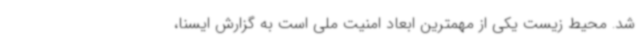
شد. محیط زیست یکی از مهمترین ابعاد امنیت ملی است به گزارش ایسنا،